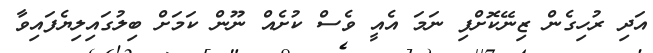
އަދި ރުހިގެން ޒިނޭކޮށްފި ނަމަ އެއީ ވެސް ކުށެއް ނޫން ކަމަށް ބިލުގައިލިޔެފައިވާ